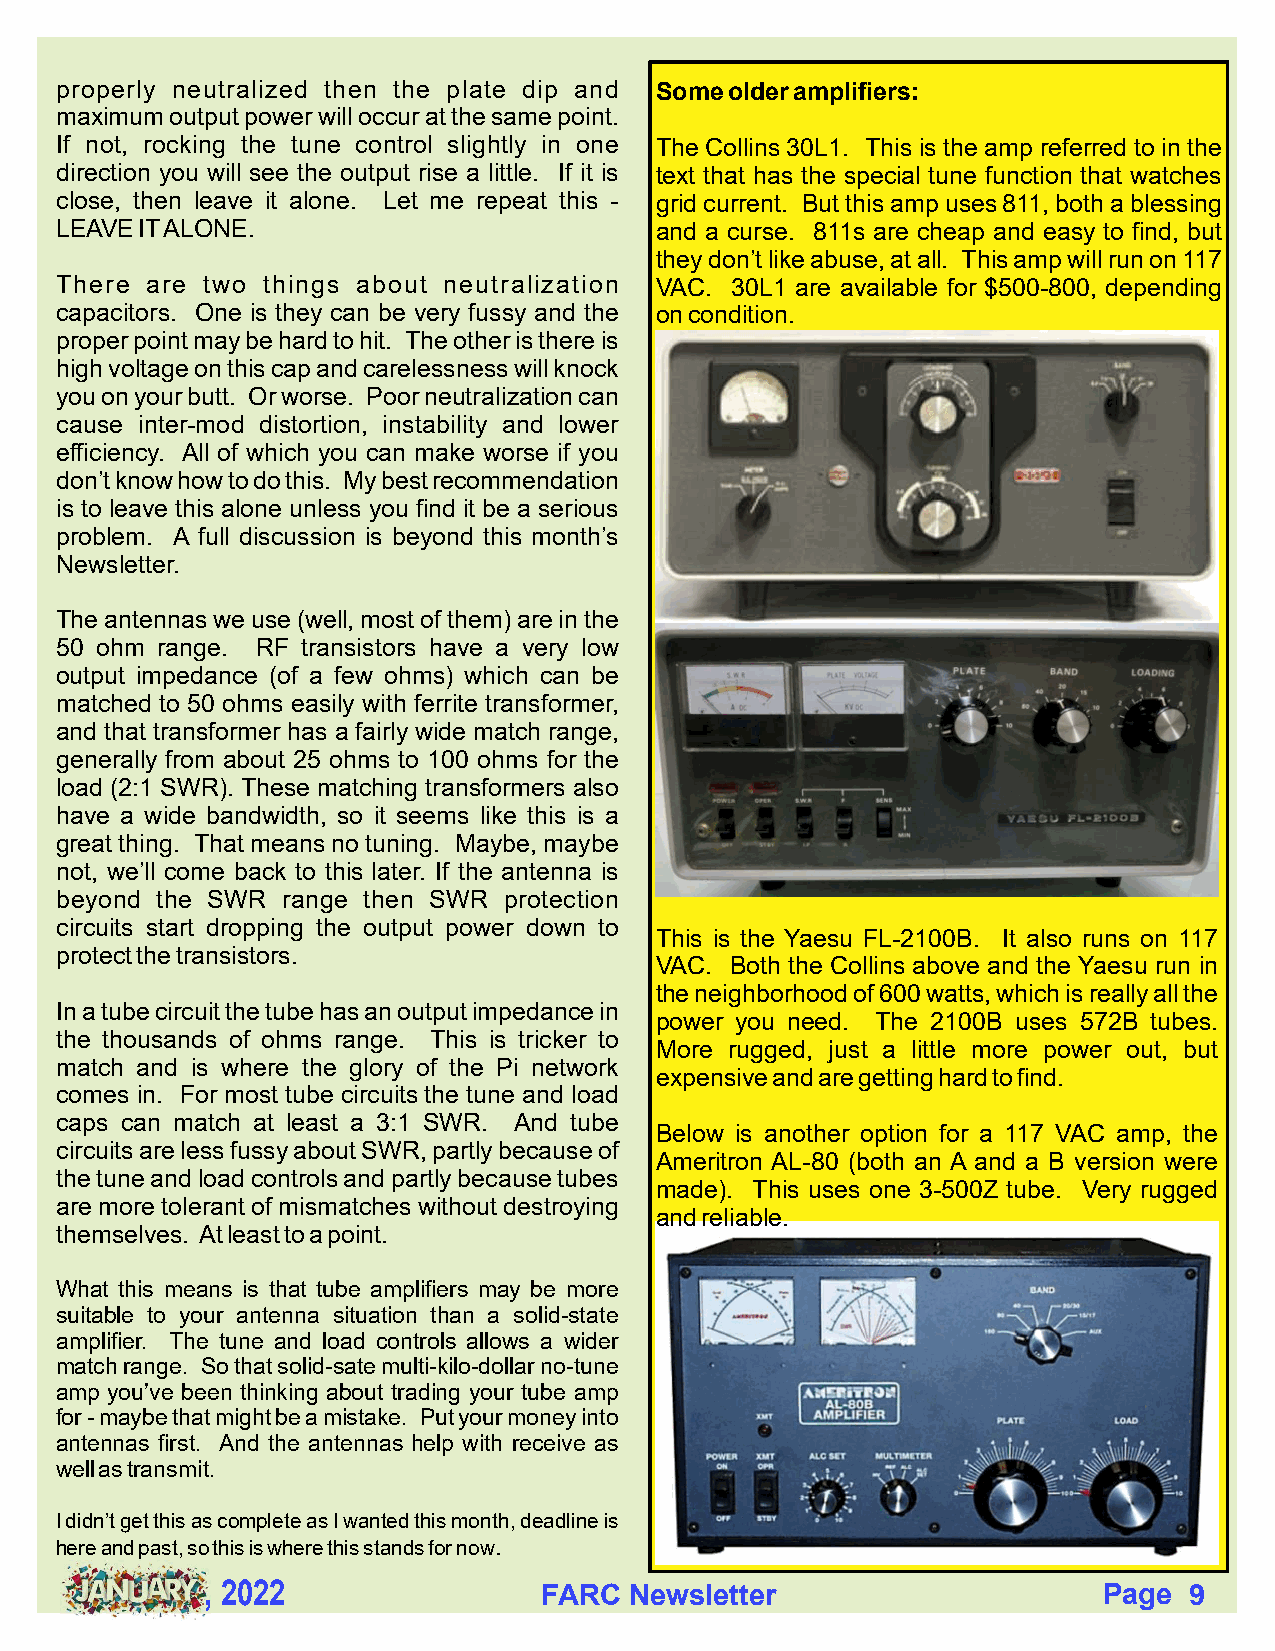
properly neutralized then the plate dip and Some older amplifiers:
 maximum output power will occur at the same point.
 If not, rocking the tune control slightly in one The Collins 30L1. This is the amp referred to in the
 direction you will see the output rise a little. If it is text that has the special tune function that watches
 close, then leave it alone. Let me repeat this - grid current. But this amp uses 811, both a blessing
 LEAVE IT ALONE.                        and a curse. 811s are cheap and easy to find, but
 they don’t like abuse, at all. This amp will run on 117
 There are two things about neutralization VAC. 30L1 are available for $500-800, depending
 capacitors. One is they can be very fussy and the on condition.
 proper point may be hard to hit. The other is there is
 high voltage on this cap and carelessness will knock
 you on your butt. Or worse. Poor neutralization can
 cause inter-mod distortion, instability and lower
 efficiency. All of which you can make worse if you
 don’t know how to do this. My best recommendation
 is to leave this alone unless you find it be a serious
 problem. A full discussion is beyond this month’s
 Newsletter.
 The antennas we use (well, most of them) are in the
 50 ohm range. RF transistors have a very low
 output impedance (of a few ohms) which can be
 matched to 50 ohms easily with ferrite transformer,
 and that transformer has a fairly wide match range,
 generally from about 25 ohms to 100 ohms for the
 load (2:1 SWR). These matching transformers also
 have a wide bandwidth, so it seems like this is a
 great thing. That means no tuning. Maybe, maybe
 not, we’ll come back to this later. If the antenna is
 beyond the SWR range then SWR protection
 circuits start dropping the output power down to
 This is the Yaesu FL-2100B. It also runs on 117
 protect the transistors.
 VAC. Both the Collins above and the Yaesu run in
 the neighborhood of 600 watts, which is really all the
 In a tube circuit the tube has an output impedance in
 power you need. The 2100B uses 572B tubes.
 the thousands of ohms range. This is tricker to
 More rugged, just a little more power out, but
 match and is where the glory of the Pi network
 expensive and are getting hard to find.
 comes in. For most tube circuits the tune and load
 caps can match at least a 3:1 SWR. And tube
 Below is another option for a 117 VAC amp, the
 circuits are less fussy about SWR, partly because of
 Ameritron AL-80 (both an A and a B version were
 the tune and load controls and partly because tubes
 made). This uses one 3-500Z tube. Very rugged
 are more tolerant of mismatches without destroying
 and reliable.
 themselves. At least to a point.
 What this means is that tube amplifiers may be more
 suitable to your antenna situation than a solid-state
 amplifier. The tune and load controls allows a wider
 match range. So that solid-sate multi-kilo-dollar no-tune
 amp you’ve been thinking about trading your tube amp
 for - maybe that might be a mistake. Put your money into
 antennas first. And the antennas help with receive as
 well as transmit.
 I didn’t get this as complete as I wanted this month, deadline is
 here and past, so this is where this stands for now.
 , 2022                FARC  Newsletter                     Page  9